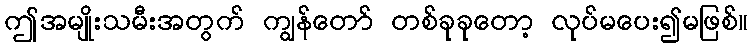
ဤအမျိုးသမီးအတွက် ကျွန်တော် တစ်ခုခုတော့ လုပ်မပေး၍မဖြစ်။